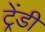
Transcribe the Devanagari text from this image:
ट्रेंडी